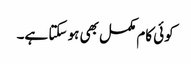
کوئی کام مکمل بھی ہو سکتا ہے۔